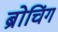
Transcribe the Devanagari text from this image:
ब्रोचिंग